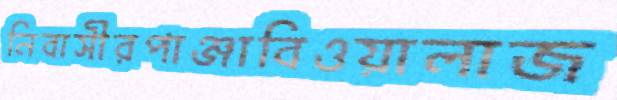
নিবাসীরপাঞ্জাবিওয়ালাজ